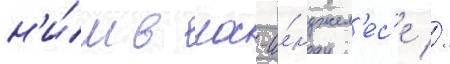
н'и́м в лос-а́нджел'ес'е //